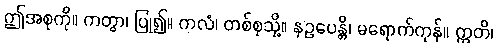
ဤအစုကို။ ကတွာ၊ ပြု၍။ ကလံ၊ တစ်စုသို့။ နဥပေန္တိ၊ မရောက်ကုန်။ ဣတိ၊